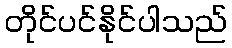
တိုင်ပင်နိုင်ပါသည်